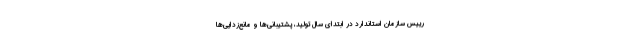
رییس سازمان استاندارد در ابتدای سال تولید، پشتیبانی‌ها و مانع‌زدایی‌ها